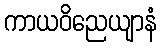
ကာယဝိညေယျာနံ